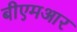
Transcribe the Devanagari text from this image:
बीएमआर